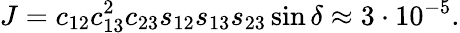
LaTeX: J=c_{12}c_{13}^{2}c_{23}s_{12}s_{13}s_{23}\sin\delta\approx 3\cdot 10^{-5}.